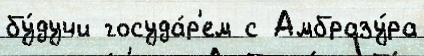
бу́дучи госуда́р'ем с Амбразу́ра